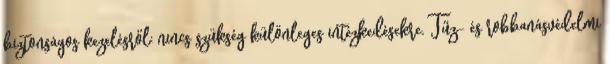
biztonságos kezelésről: nincs szükség különleges intézkedésekre. Tűz- és robbanásvédelmi